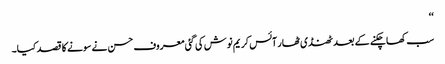
‘‘
سب کھا چکنے کے بعد ٹھنڈی ٹھار آئس کریم نوش کی گئی معروف حسن نے سونے کا قصد کیا۔